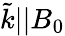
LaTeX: \tilde{k}||B_{0}